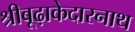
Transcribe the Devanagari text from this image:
श्रीबूढ़ाकेदारनाथ